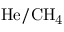
\mathrm { H e / C H _ { 4 } }